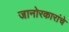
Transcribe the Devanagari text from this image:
जानोरकारांचे